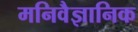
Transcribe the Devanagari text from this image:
मनिवैज्ञानिक